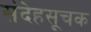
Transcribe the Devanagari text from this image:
संदेहसूचक